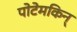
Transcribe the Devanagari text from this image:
पोटेमकिन्